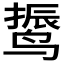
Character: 𱊙